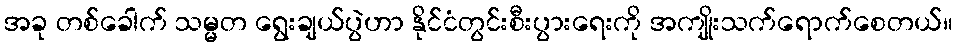
အခု တစ်ခေါက် သမ္မတ ရွေးချယ်ပွဲဟာ နိုင်ငံတွင်းစီးပွားရေးကို အကျိုးသက်ရောက်စေတယ်။